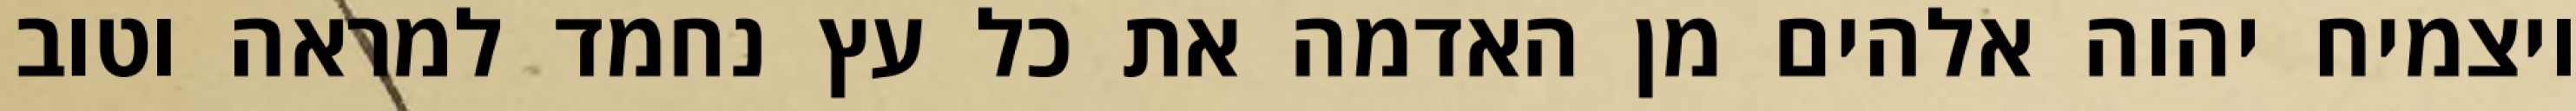
ויצמיח יהוה אלהים מן האדמה את כל עץ נחמד למראה וטוב